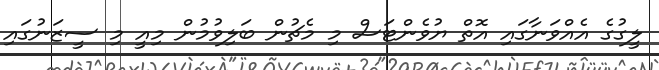
ލީގުގެ އެއްވަނާގައި އޮތް ޔުވެންޓަސް މި މެޗުން ބަލިވުމުން މިއީ މި ސީޒަނުގައި